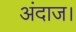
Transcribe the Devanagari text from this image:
अंदाज।